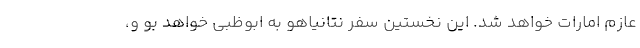
عازم امارات خواهد شد. این نخستین سفر نتانیاهو به ابوظبی خواهد بو و،